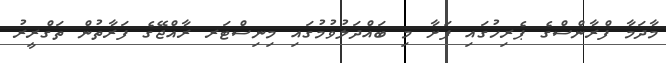
މާދަމާ ފްރާންސްގެ ޕެރިހުގައި ފަށާ މި ބައްދަލުވުމުގައި މިނިސްޓަރ ރާއްޖޭގެ ފަރާތުން ތަގްރީރު